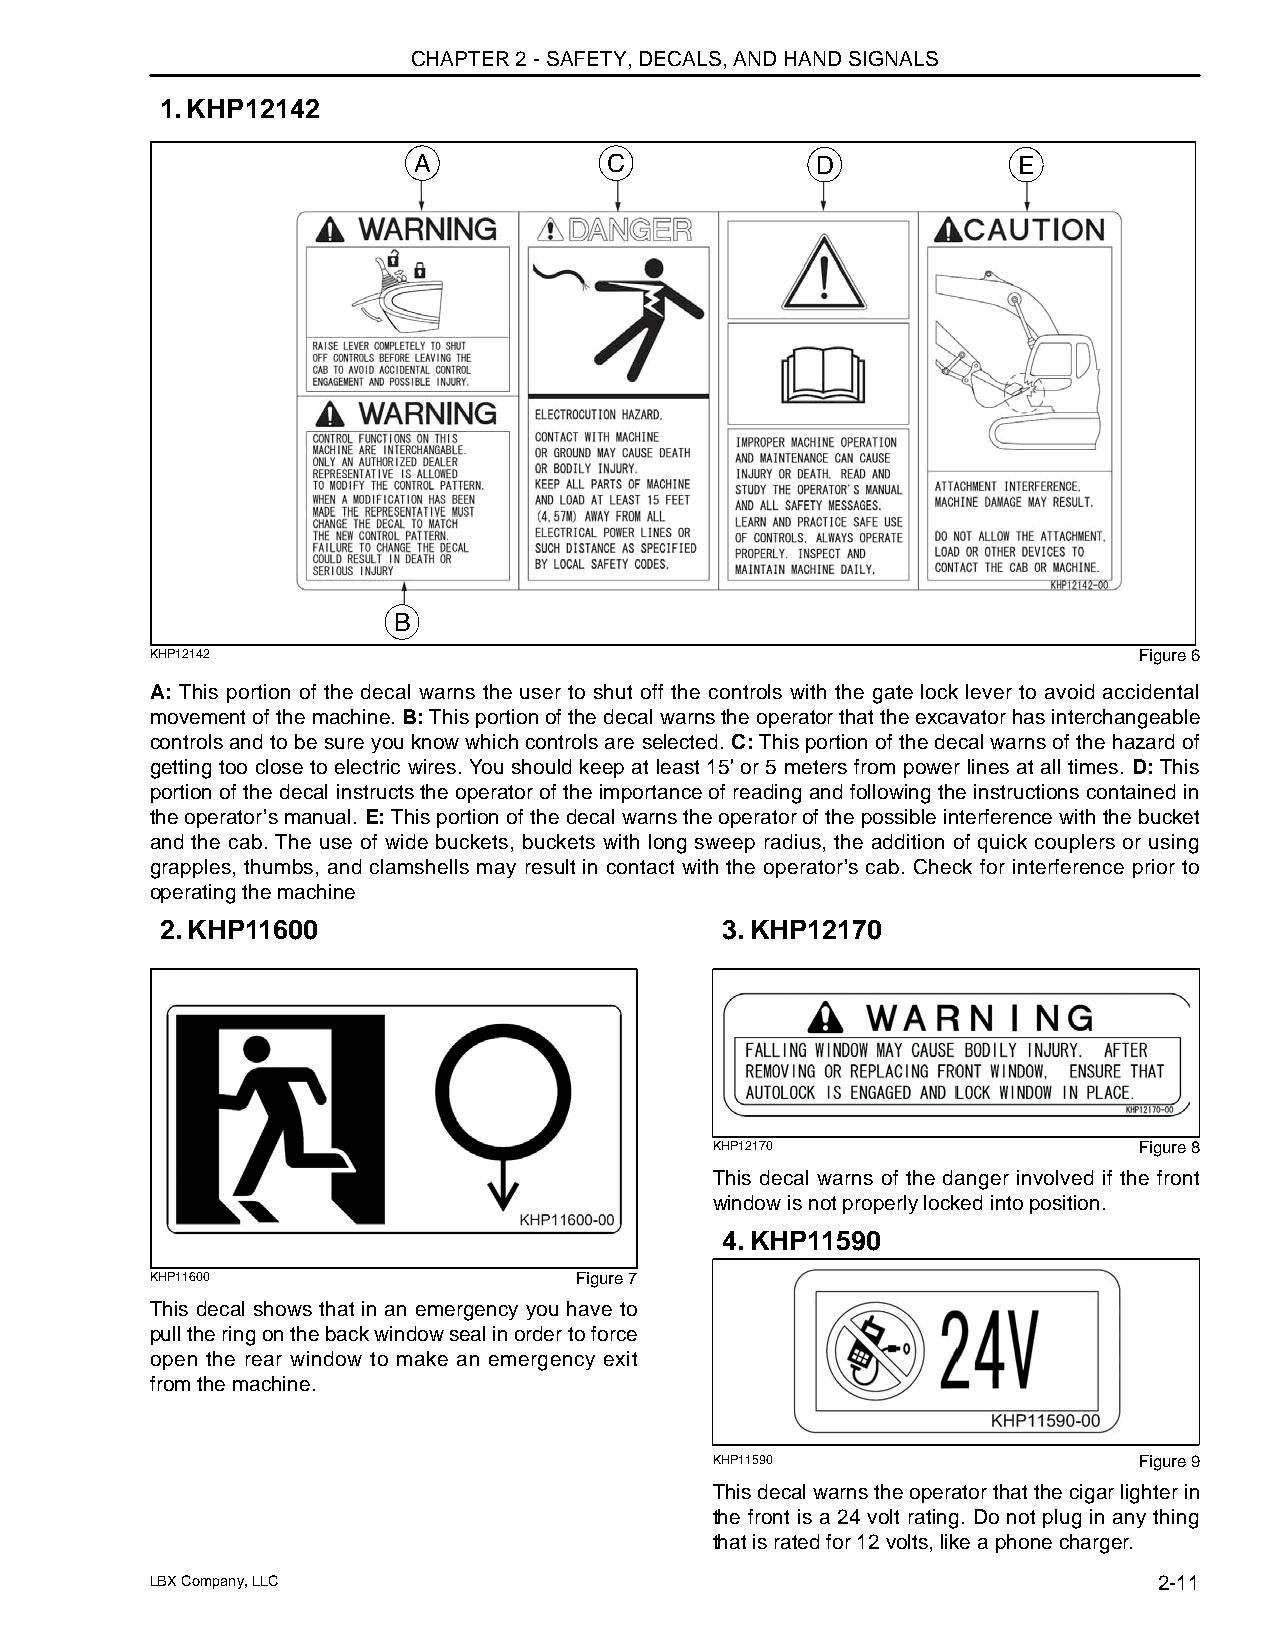
CHAPTER 2 - SAFETY, DECALS, AND HAND SIGNALS
 1.KHP12142
 A            C             D            E
 B
 KHP12142                                                         Figure 6
 A: This portion of the decal warns the user to shut off the controls with the gate lock lever to avoid accidental
 movement of the machine. B: This portion of the decal warns the operator that the excavator has interchangeable
 controls and to be sure you know which controls are selected. C: This portion of the decal warns of the hazard of
 getting too close to electric wires. You should keep at least 15' or 5 meters from power lines at all times. D: This
 portion of the decal instructs the operator of the importance of reading and following the instructions contained in
 the operator’s manual. E: This portion of the decal warns the operator of the possible interference with the bucket
 and the cab. The use of wide buckets, buckets with long sweep radius, the addition of quick couplers or using
 grapples, thumbs, and clamshells may result in contact with the operator’s cab. Check for interference prior to
 operating the machine
 2.KHP11600                           3.KHP12170
 KHP12170                    Figure 8
 This decal warns of the danger involved if the front
 window is not properly locked into position.
 4.KHP11590
 KHP11600                    Figure 7
 This decal shows that in an emergency you have to
 pull the ring on the back window seal in order to force
 open the rear window to make an emergency exit
 from the machine.
 KHP11590                    Figure 9
 This decal warns the operator that the cigar lighter in
 the front is a 24 volt rating. Do not plug in any thing
 that is rated for 12 volts, like a phone charger.
 LBX Company, LLC                                                   2-11